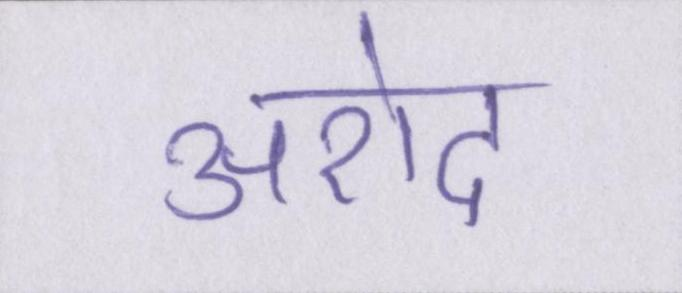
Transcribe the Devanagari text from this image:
अरोद